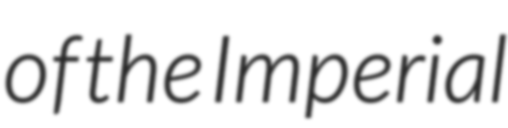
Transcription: of the Imperial